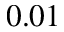
0 . 0 1